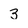
Character: 3